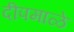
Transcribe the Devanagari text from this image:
दीपमाळे